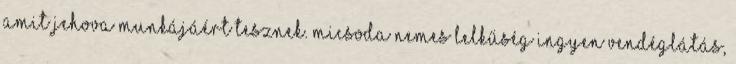
amit Jehova munkájáért tesznek. Micsoda nemes lelkűség Ingyen vendéglátás,